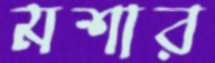
মশার